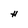
Character: H